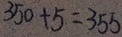
3 5 0 + 5 = 3 5 5